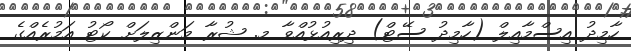
ހާމިދު އިސްމާއިލް (ހާމިދު ސޭޓް) ދިރިއުޅުއްވާ މ. ޝުރާ މަންޒިލަށް ކޯޓު އަމުރެއްގެ